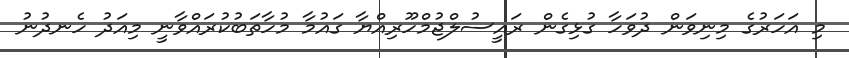
މި އަހަރުގެ މިނިވަން ދުވަހާ ގުޅިގެން ރައީސުލްޖުމްހޫރިއްޔާ ގައުމާ މުހާތަބުކުރައްވާނީ މިއަދު ހެނދުނު